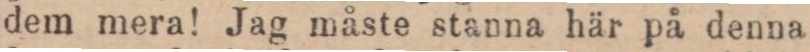
dem mera! Jag måste stanna här på denna